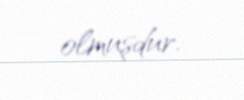
olmuşdur.